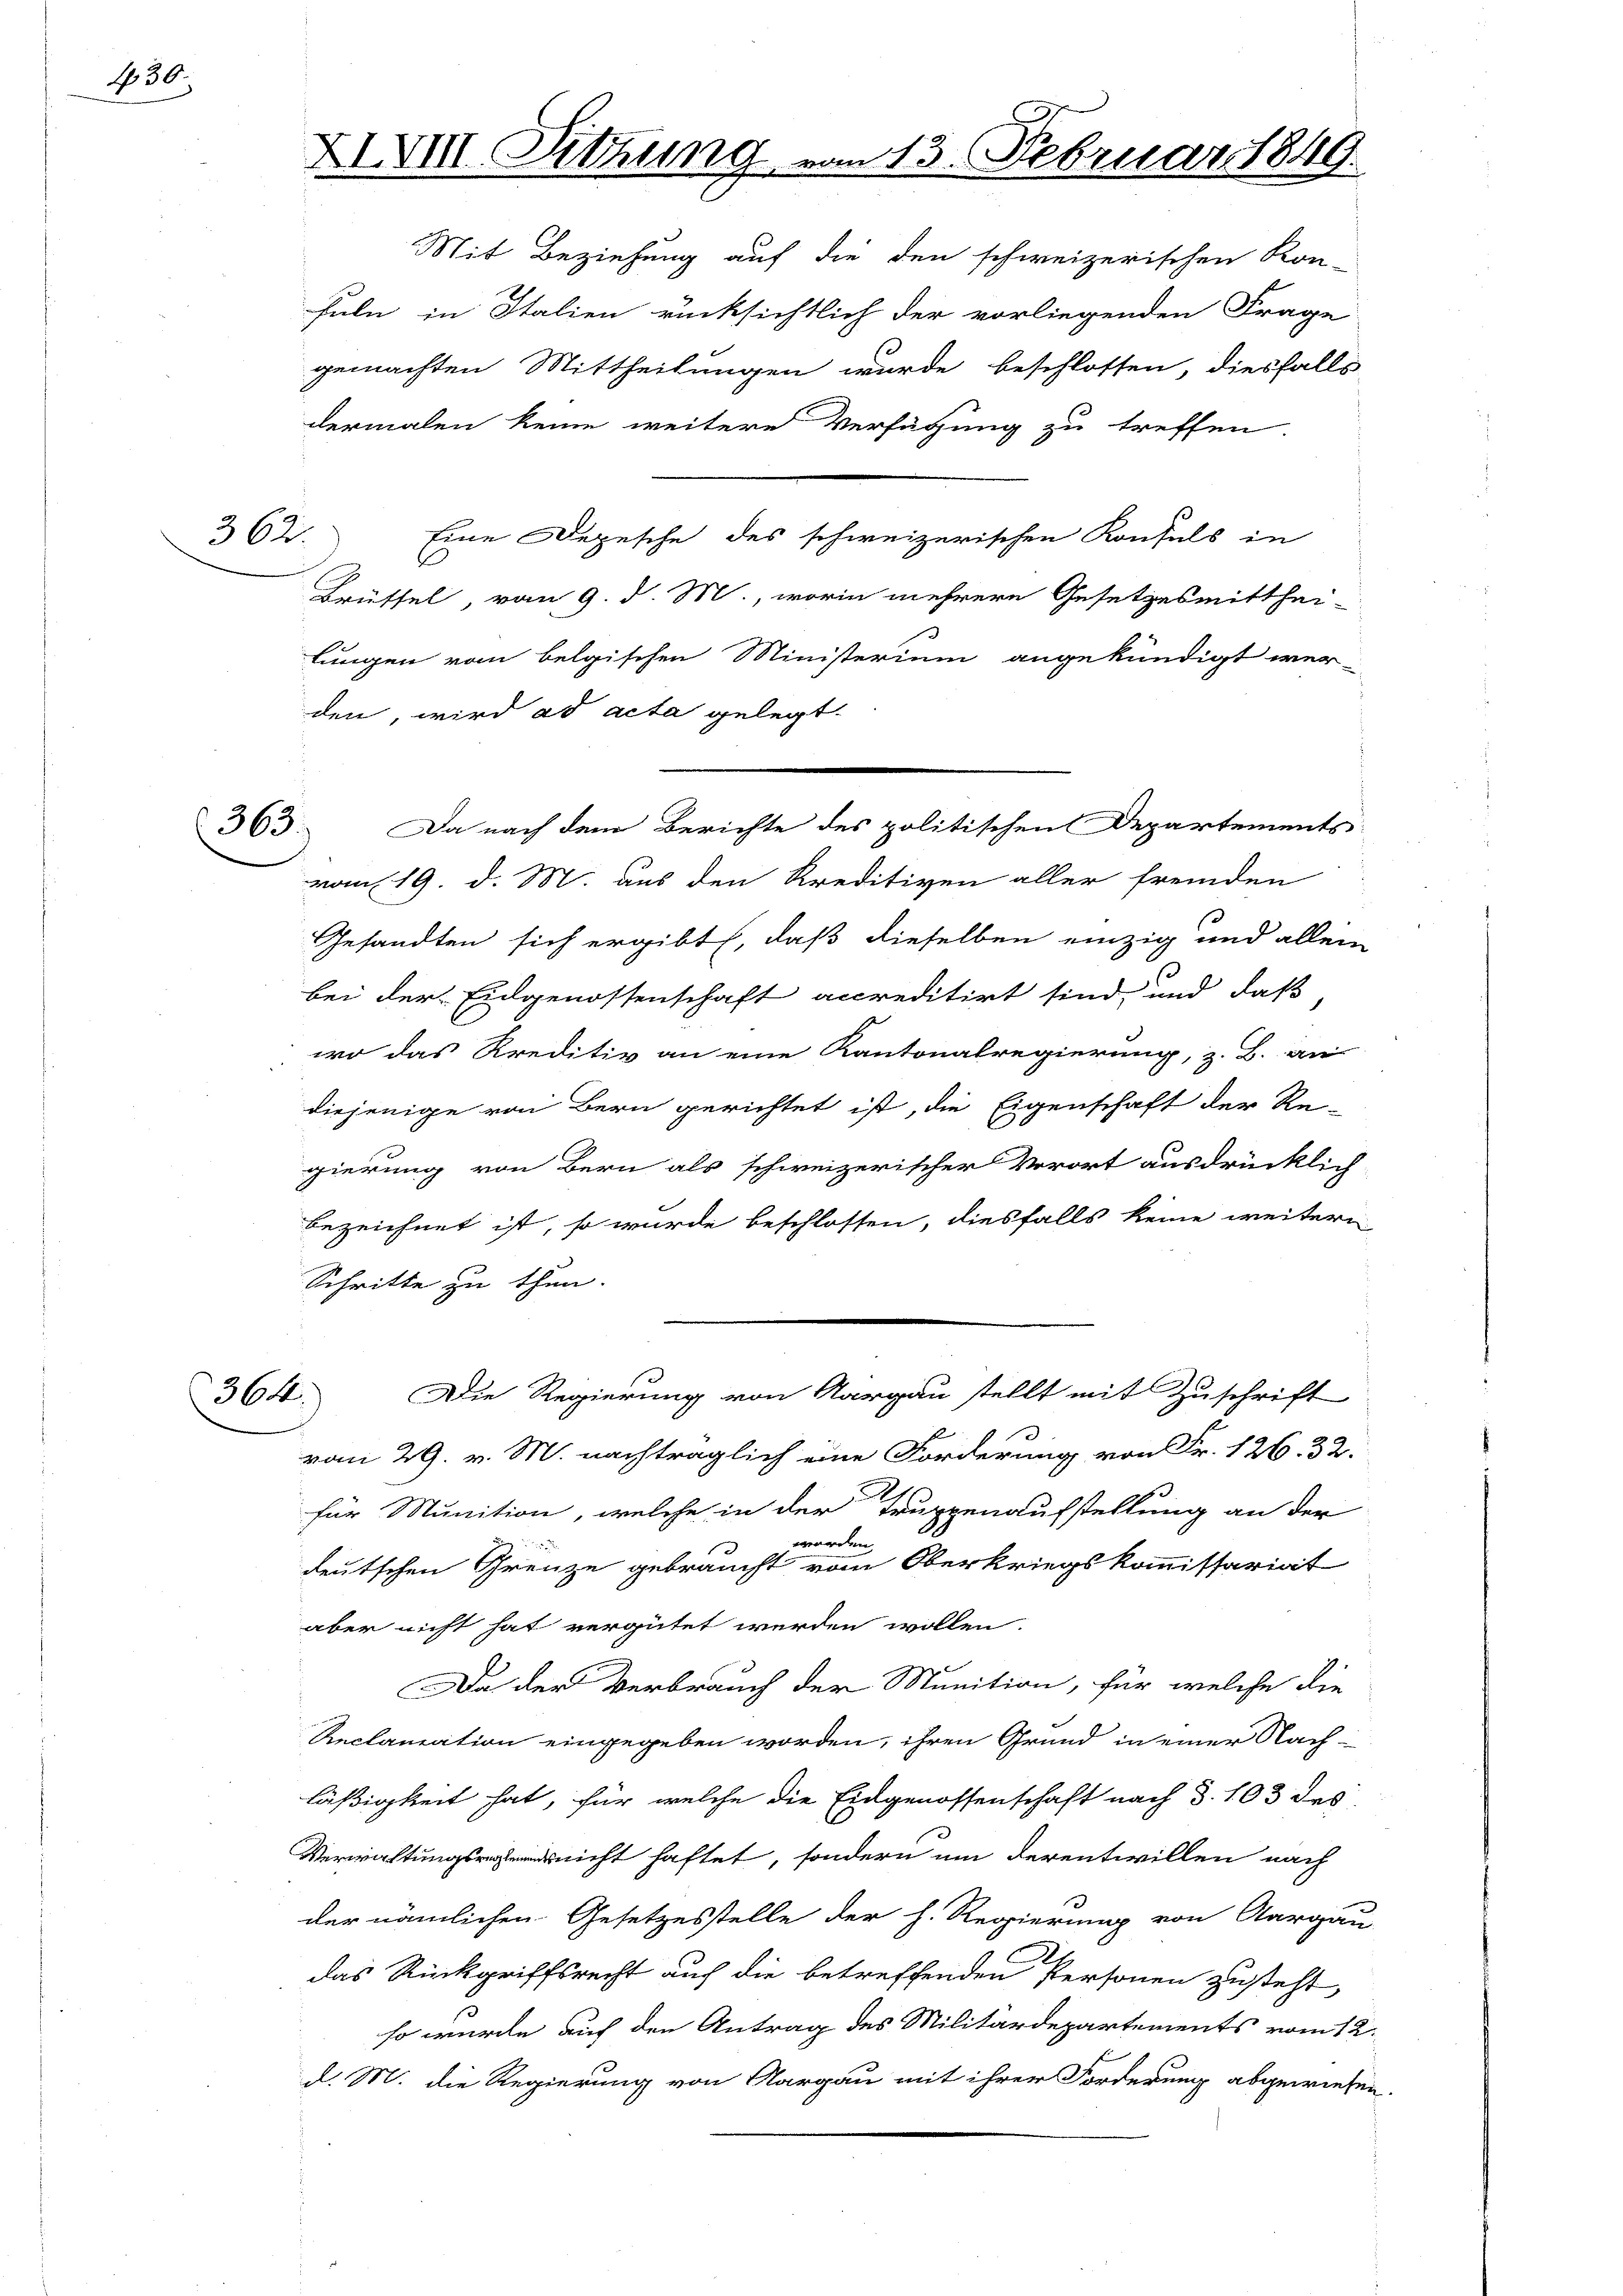
G. 30.

362.

XVIII. Sitzung vom 13. Februar 1849.

Mit Beziehung auf die den schweizerischen Kon-
fuln, in Italien rücksichtlich der vorliegenden Frage
gemachten Mittheilungen wurde beschlossen, diesfalls
dermalen keine weitere Verfügung zu treffen.
Eine Depesche des schweizerischen Konsuls in
Brüssel, vom 9. d. M., worin mehrere Gesetzesmitthei-
lungen vom belgischen Ministerium angekündigt wer-
den, wird ad acta gelegt.
vom 19. d. M. aus den Kreditiven aller fremden
Gesandten sich ergibt, daß dieselben einzig und allein
bei der Eidgenossenschaft accreditirt sind, und daß
wo das Kreditiv an eine Kantonalregierung, z. B. an
diejenige von Bern gerichtet ist, die Eigenschaft der Re-
gierung von Bern als schweizerischer Vorort ausdrücklich
bezeichnet ist, so wurde beschlossen, diesfalls keine weitern
Schritte zu thun.
364. Die Regierung von Aargau stellt mit Zuschrift
vom 29. v. M. nachträglich eine Forderung von Fr. 126. 32.
für Munition, welche in der Truppenaufstellung an der
worden.
deutschen Grenze gebraucht vom Oberkriegskommissariat
aber nicht hat vergütet werden wollen.
Da der Verbrauch der Munition, für welche die
Reclamation eingegeben worden, ihren Grund in einer Nach-
läßigkeit hat, für welche die Eingenossenschaft nach §. 103 des
Verwaltungs nicht haftet, sondern um derentwillen nach
der nämlichen Gesetzesstelle der h. Regierung von Aargau
das Rückgriffsrecht auch die betreffenden Personen zusteht,
so wurde auch den Antrag des Militärdepartements vom 12.
d. M. die Regierung von Aargau mit ihrer Forderung abgewiesen.

363. Da nach dem Berichte des politischen Departements